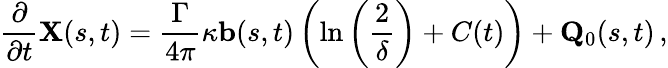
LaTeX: \frac{\partial}{\partial t}\mathbf{X}(s,t)=\frac{\Gamma}{4\pi}\kappa\mathbf{b}(s,t)\left(\ln\left(\frac{2}{\delta}\right)+C(t)\right)+\mathbf{Q}_{0}(s,t)\, ,